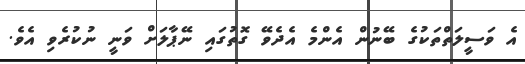
އެ ވަސީލަތްތަކުގެ ބޭނުން އެންމެ އެދެވޭ ގޮތުގައި ނޭޕާލަށް ވަނީ ނުކުރެވި އެވެ.